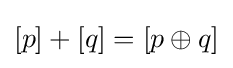
[p]+[q]=[p\oplus q]